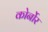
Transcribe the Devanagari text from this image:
कोर्नोर